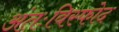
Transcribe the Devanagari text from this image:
अंतःविस्फोद